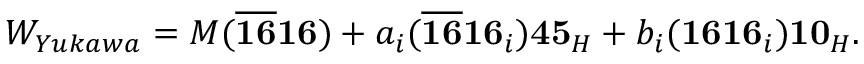
W _ { Y u k a w a } = M ( \overline { { { { \bf 1 6 } } } } { \bf 1 6 } ) + a _ { i } ( \overline { { { { \bf 1 6 } } } } { \bf 1 6 } _ { i } ) { \bf 4 5 } _ { H } + b _ { i } ( { \bf 1 6 } { \bf 1 6 } _ { i } ) { \bf 1 0 } _ { H } .